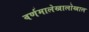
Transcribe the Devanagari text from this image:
वर्णमालेखालोखाल